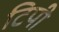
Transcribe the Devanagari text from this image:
टिपी